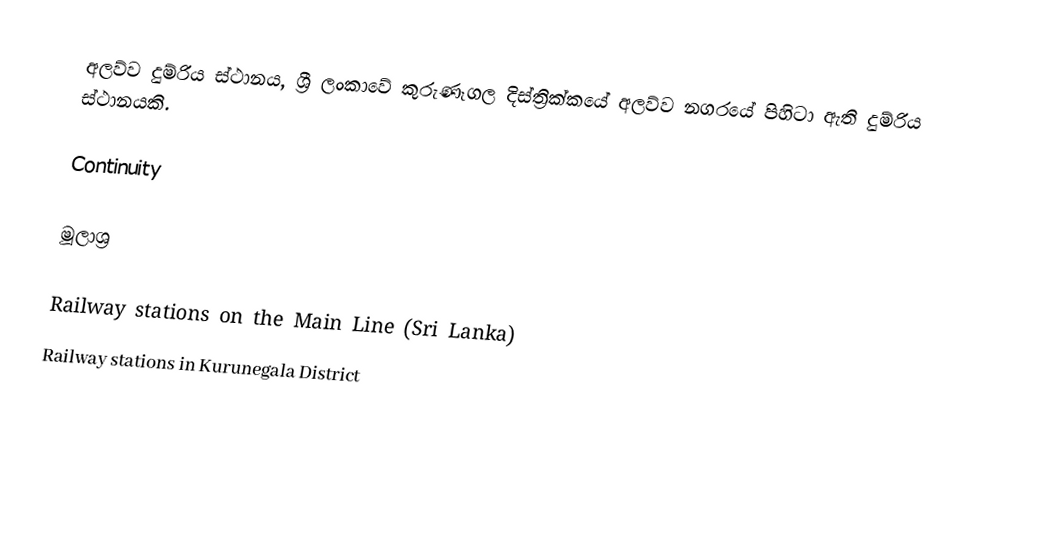
අලව්ව දුම්රිය ස්ථානය, ශ්‍රී ලංකාවේ කුරුණෑගල දිස්ත්‍රික්කයේ අලව්ව නගරයේ පිහිටා ඇති දුම්රිය ස්ථානයකි.

Continuity

මූලාශ්‍ර

Railway stations on the Main Line (Sri Lanka)
Railway stations in Kurunegala District